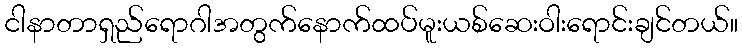
ငါနာတာရှည်ရောဂါအတွက်နောက်ထပ်မူးယစ်ဆေးဝါးရောင်းချင်တယ်။